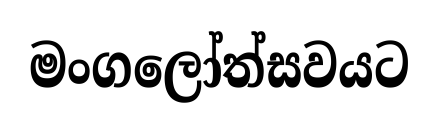
මංගලෝත්සවයට